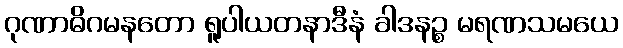
ဂုဏာဓိဂမနတော ရူပါယတနာဒီနံ ခါဒနဉ္စ မရဏသမယေ